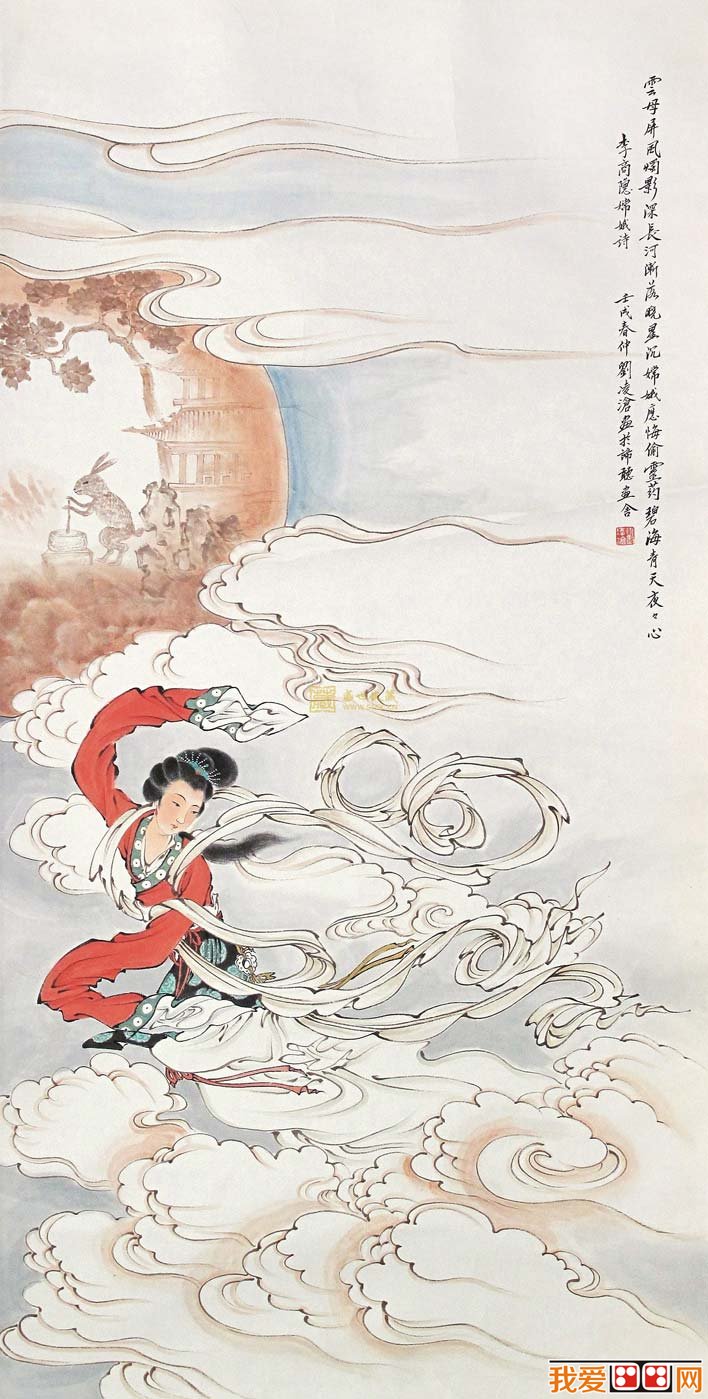
嫦娥应悔偷灵药，碧海青天夜夜心。